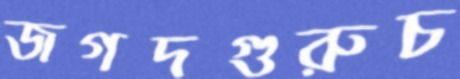
জগদগুরুচ